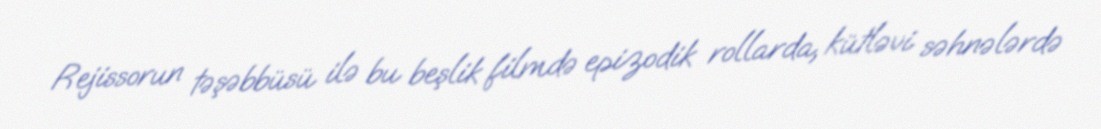
Rejissorun təşəbbüsü ilə bu beşlik filmdə epizodik rollarda, kütləvi səhnələrdə